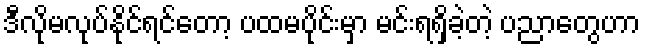
ဒီလိုမလုပ်နိုင်ရင်တော့ ပထမပိုင်းမှာ မင်းရရှိခဲ့တဲ့ ပညာတွေဟာ